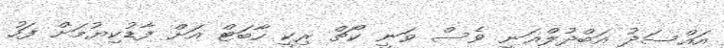
އައްސަދު އަބްދުލްޣަނީ ވެސް ވަނީ ކޯޗް ރިކީ ހާބަޓް އަށް ފާޑުކިޔުމަށް ފަހު